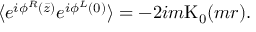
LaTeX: \langle e ^ { i \phi ^ { R } ( \bar { z } ) } e ^ { i \phi ^ { L } ( 0 ) } \rangle = - 2 i m \mathrm { K } _ { 0 } ( m r ) .